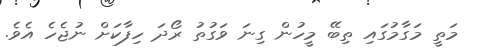
މަތީ މަގާމުގައި ތިބޭ މީހުން ގިނަ ވަގުތު ރޯދަ ހިފާކަށް ނުޖެހެ އެވެ.